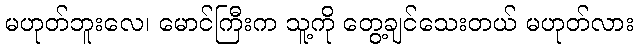
မဟုတ်ဘူးလေ၊ မောင်ကြီးက သူ့ကို တွေ့ချင်သေးတယ် မဟုတ်လား